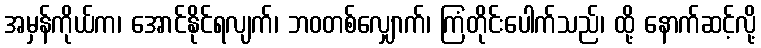
အမှန်ကိုယ်က၊ အောင်နိုင်ရလျက်၊ ဘဝတစ်လျှောက်၊ ကြံတိုင်းပေါက်သည်၊ ထို့ နောက်ဆင့်လို့